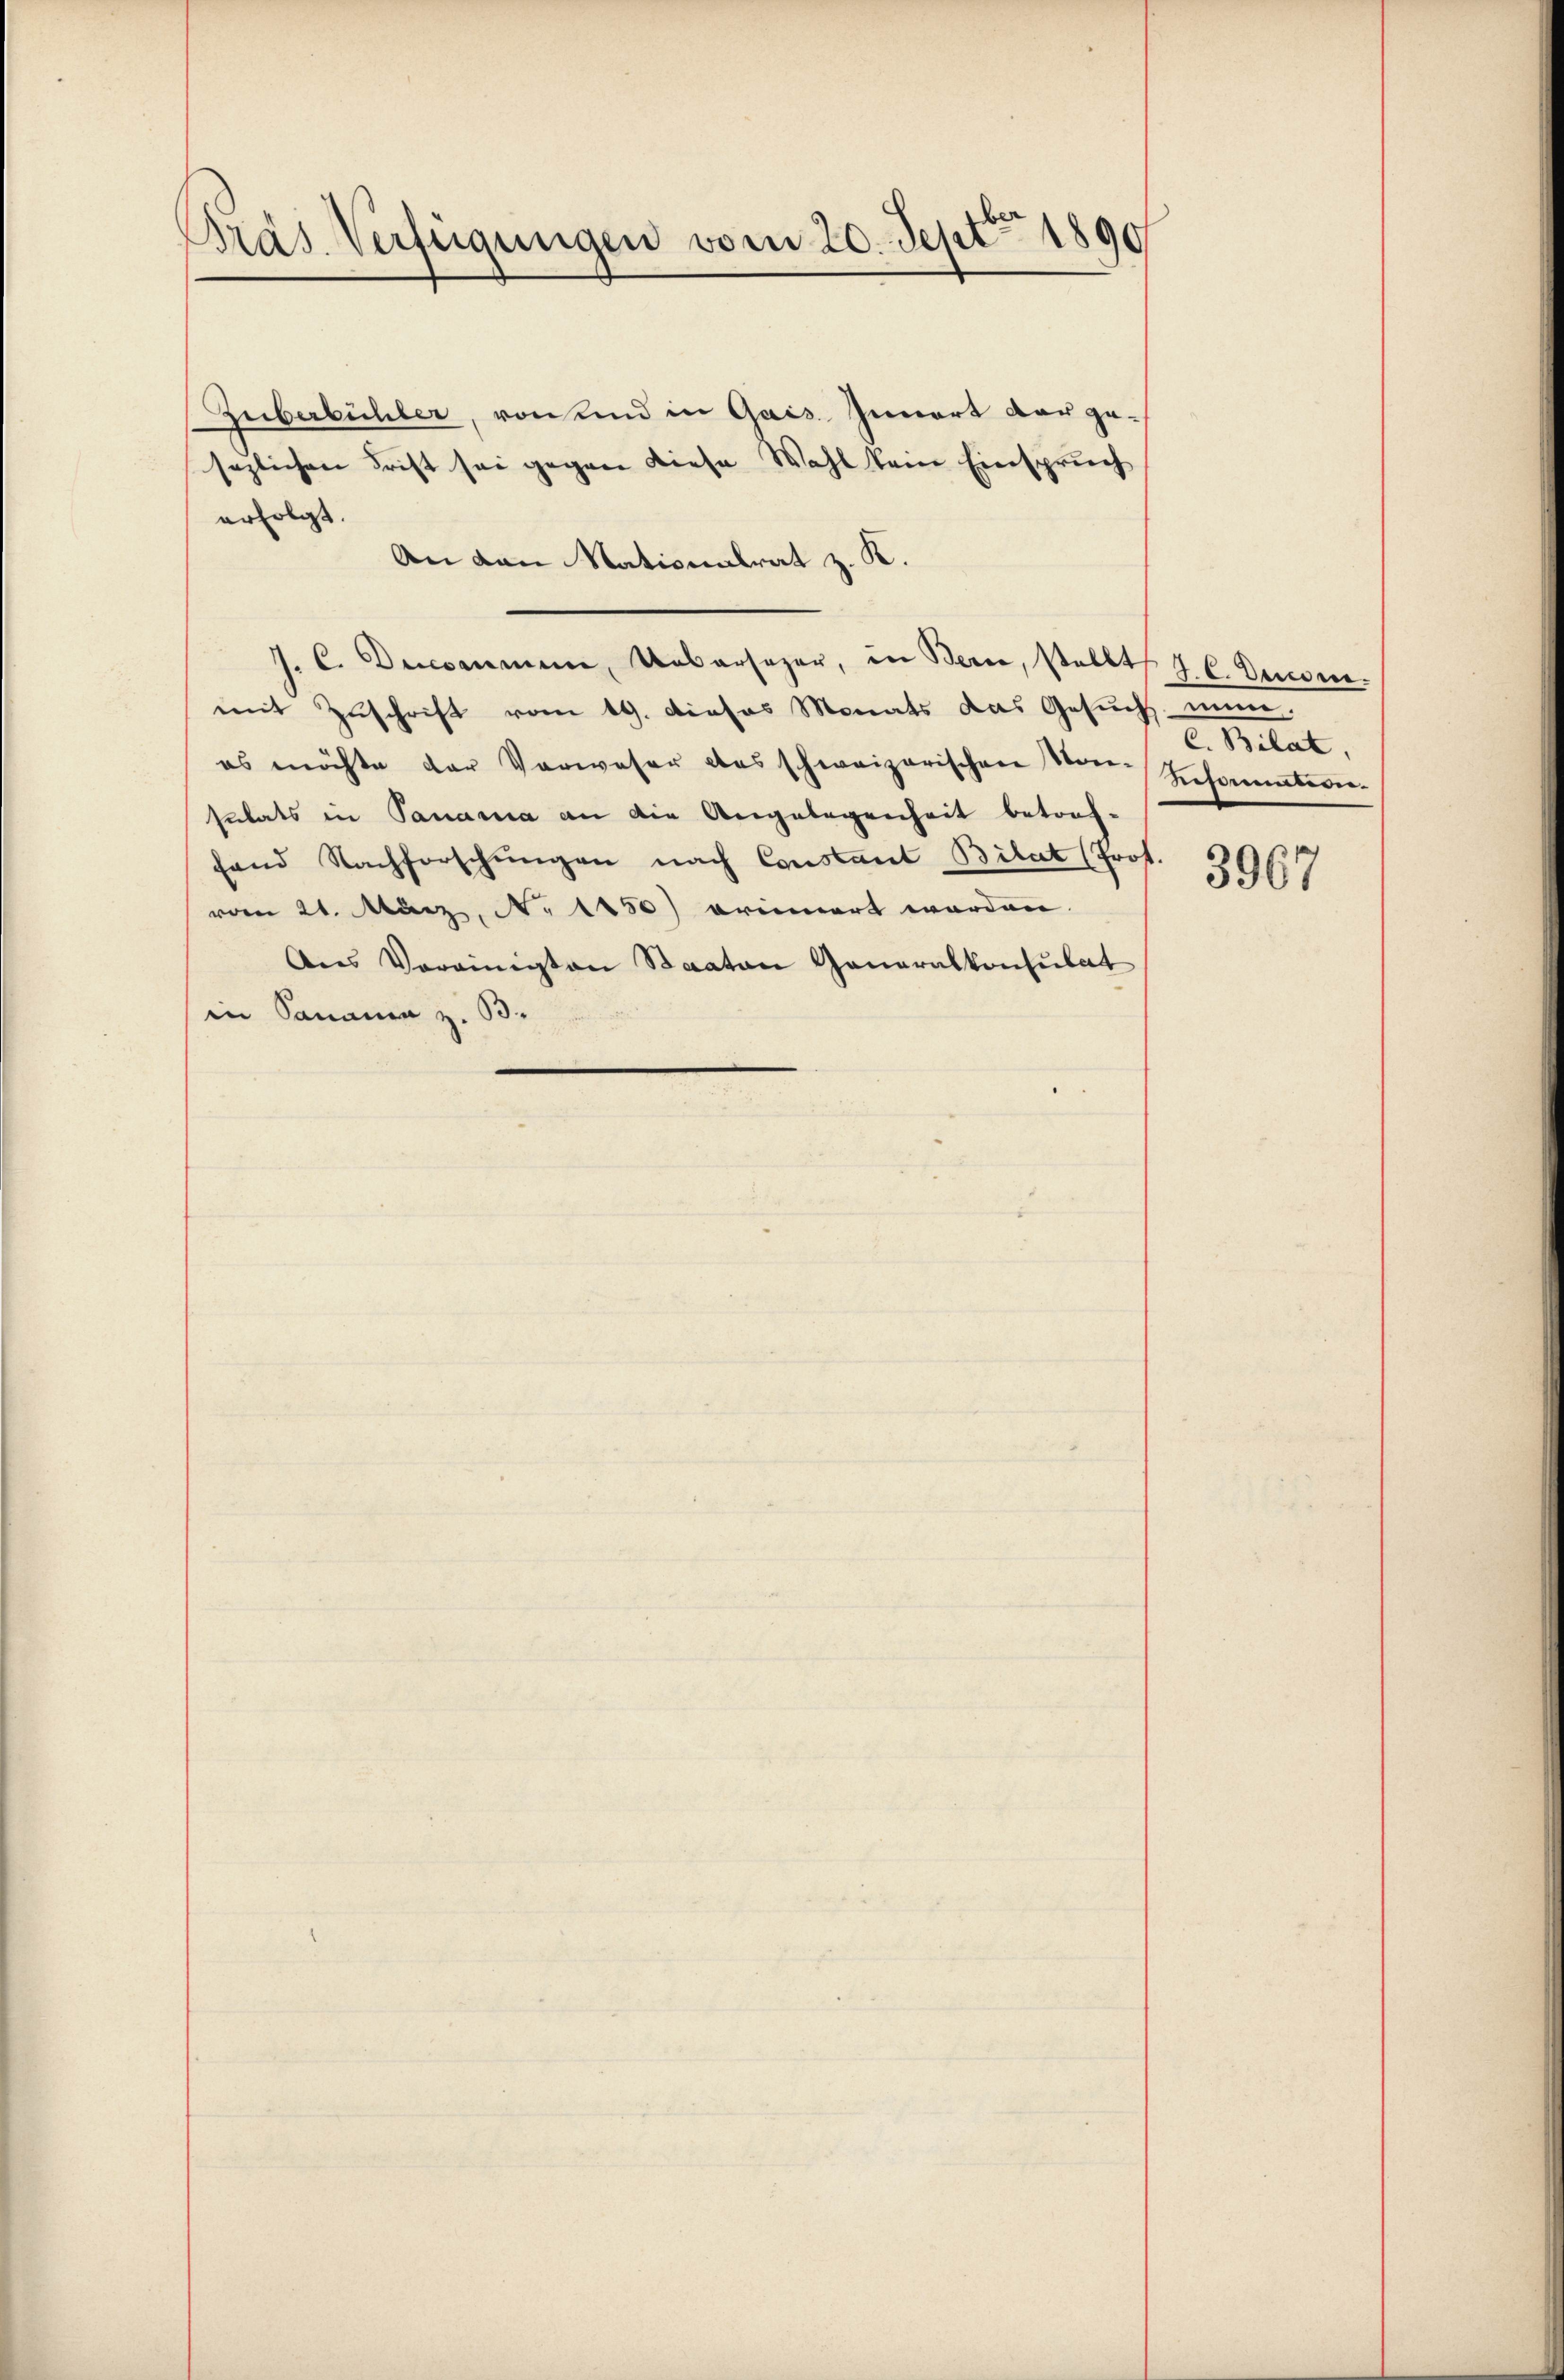
Präs. Verfügungen vom 20. Sept. 1890

Zuberbüchler, von und in Gais. Innert der gesezlichen Frist sei gegen diese Wahl kein Einspruch
erfolgt.
An den Nationalrat z. K.
J. C. Decommene, Uebersager, in Berne, stellt. J. C. Dumm.
mit Zŭschrift vom 19. Dieses Monats das Gesŭch mine
es möchte der Verweser das schweizerischen Son-Insammtern
sutats in Panama an die Angelegenheit betrof-
fand Nachforschungen nach Constant Bilat (Prof.
vom 21. März, N. 1150) erinnert werden.
Ans Vereinigten Staaten Generalkonsulat
in Sananea z. B.

C. Bilat,

3967